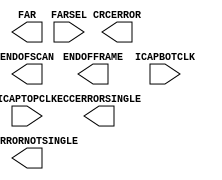
// This program was cloned from: https://github.com/Xilinx/XilinxUnisimLibrary
// License: Apache License 2.0

///////////////////////////////////////////////////////////////////////////////
//     Copyright (c) 1995/2014 Xilinx, Inc.
// 
//    Licensed under the Apache License, Version 2.0 (the "License");
//    you may not use this file except in compliance with the License.
//    You may obtain a copy of the License at
// 
//        http://www.apache.org/licenses/LICENSE-2.0
// 
//    Unless required by applicable law or agreed to in writing, software
//    distributed under the License is distributed on an "AS IS" BASIS,
//    WITHOUT WARRANTIES OR CONDITIONS OF ANY KIND, either express or implied.
//    See the License for the specific language governing permissions and
//    limitations under the License.
///////////////////////////////////////////////////////////////////////////////
//   ____  ____
//  /   /\/   /
// /___/  \  /     Vendor      : Xilinx
// \   \   \/      Version     : 2014.2
//  \   \          Description : Xilinx Unified Simulation Library Component
//  /   /                        _no_description_
// /___/   /\      Filename    : FRAME_ECCE4.v
// \   \  /  \
//  \___\/\___\
//
///////////////////////////////////////////////////////////////////////////////
//  Revision:
//
//  End Revision:
///////////////////////////////////////////////////////////////////////////////

`timescale 1 ps / 1 ps

`celldefine

module FRAME_ECCE4
`ifdef XIL_TIMING
#(
  parameter LOC = "UNPLACED"
)
`endif
(
  output CRCERROR,
  output ECCERRORNOTSINGLE,
  output ECCERRORSINGLE,
  output ENDOFFRAME,
  output ENDOFSCAN,
  output [26:0] FAR,

  input [1:0] FARSEL,
  input ICAPBOTCLK,
  input ICAPTOPCLK
);
  
endmodule

`endcelldefine